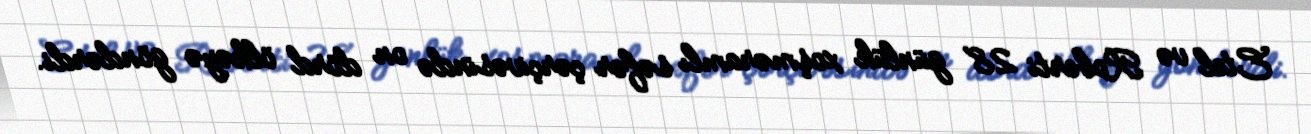
Etel və Roberti 28 günlük xoşməramlı səfər çərçivəsində on dörd ölkəyə göndərdi.